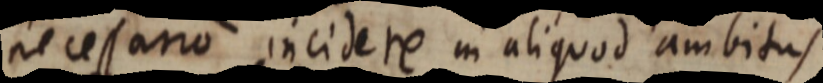
necessario incidere in aliquod ambitus